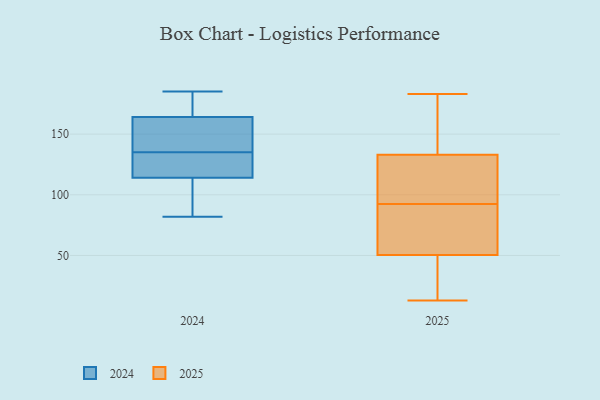
{"axis": {"x": "Demand Index", "y": "Value"}, "legend": ["2024", "2025"], "data": [{"x": "", "y": 183, "type": "2025"}, {"x": "", "y": 163, "type": "2025"}, {"x": "", "y": 127, "type": "2025"}, {"x": "", "y": 68, "type": "2025"}, {"x": "", "y": 26, "type": "2025"}, {"x": "", "y": 68, "type": "2025"}, {"x": "", "y": 33, "type": "2025"}, {"x": "", "y": 139, "type": "2025"}, {"x": "", "y": 13, "type": "2025"}, {"x": "", "y": 103, "type": "2025"}, {"x": "", "y": 82, "type": "2025"}, {"x": "", "y": 121, "type": "2025"}, {"x": "", "y": 114, "type": "2024"}, {"x": "", "y": 185, "type": "2024"}, {"x": "", "y": 164, "type": "2024"}, {"x": "", "y": 135, "type": "2024"}, {"x": "", "y": 94, "type": "2024"}, {"x": "", "y": 125, "type": "2024"}, {"x": "", "y": 135, "type": "2024"}, {"x": "", "y": 183, "type": "2024"}, {"x": "", "y": 82, "type": "2024"}, {"x": "", "y": 149, "type": "2024"}]}